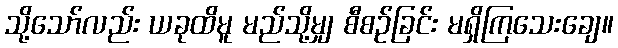
သို့သော်လည်း ယခုထိမူ မည်သို့မျှ စီစဉ်ခြင်း မရှိကြသေးချေ။